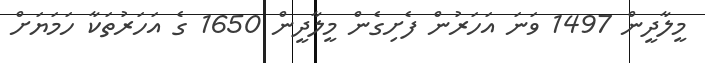
މީލާދީން 1497 ވަނަ އަހަރުން ފެށިގެން މީލާދީން 1650 ގެ އަހަރުތަކާ ހަމަޔަށް